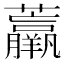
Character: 𧄿